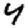
Digit: 4